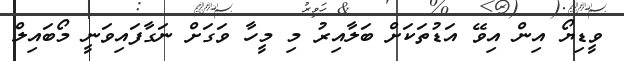
ވީޑިޔޯ އިން އިވޭ އަޑުތަކަށް ބަލާއިރު މި މީހާ ވަގަށް ނަގާފައިވަނީ މޯބައިލް